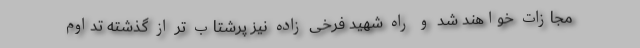
مجازات خواهند شد و راه شهید فرخی زاده نیز پرشتاب تر از گذشته تداوم